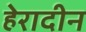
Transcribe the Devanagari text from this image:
हेरादीन